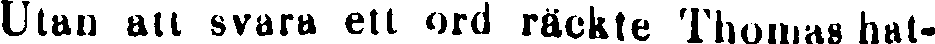
Utan att svara ett ord räckte Thomas hat-